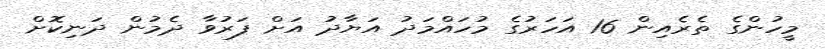
މީހުންގެ ތެރެއިން 16 އަހަރުގެ މުހައްމަދު އަޔާދު އަށް ފަރުވާ ދެމުން ދަނިކޮށް